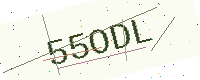
Text: 55ODL